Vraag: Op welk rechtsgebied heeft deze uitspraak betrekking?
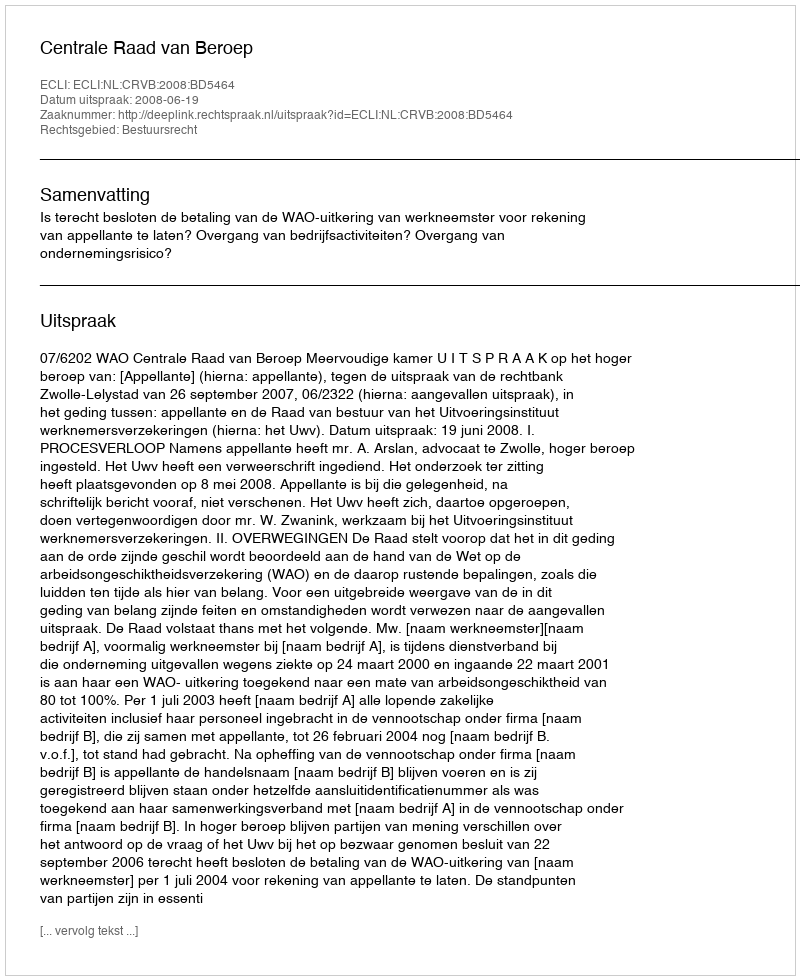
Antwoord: Bestuursrecht